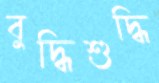
বুদ্ধিশুদ্ধি